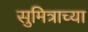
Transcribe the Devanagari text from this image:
सुमित्राच्या